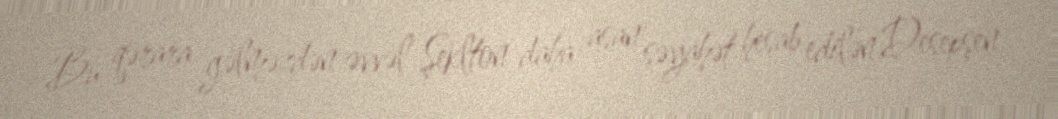
Bu qərara gəlməzdən əvvəl Şeklton daha asan səyahət hesab edilən Desepşen